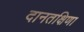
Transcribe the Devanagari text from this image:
दानतक्षिणा